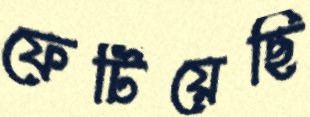
ফেটিয়েছি